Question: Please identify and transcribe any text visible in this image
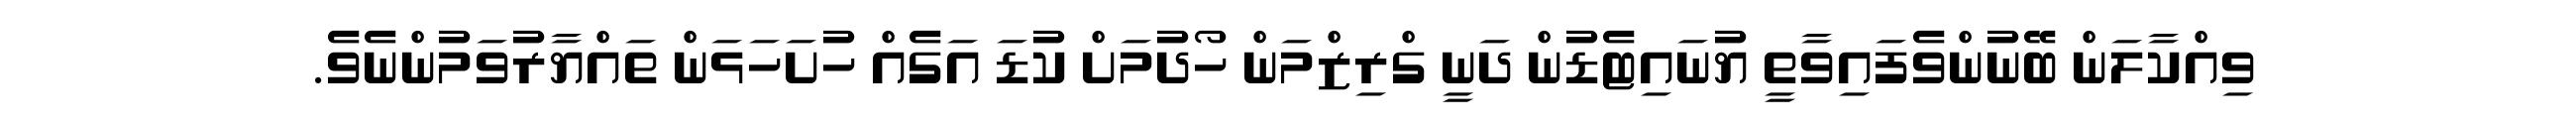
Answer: ވިއްކާލަން ބޭނުންވެފައިވާތީ ޔުނައިޓެޑުން ދަނީ ގްރިޒްމަން ހޯދުމަށް ކުޑަ އަގެއް ހުށަހަޅަން ތައްޔާރުވަމުންނެވެ.